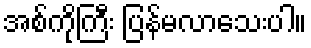
အစ်ကိုကြီး ပြန်မလာသေးပါ။